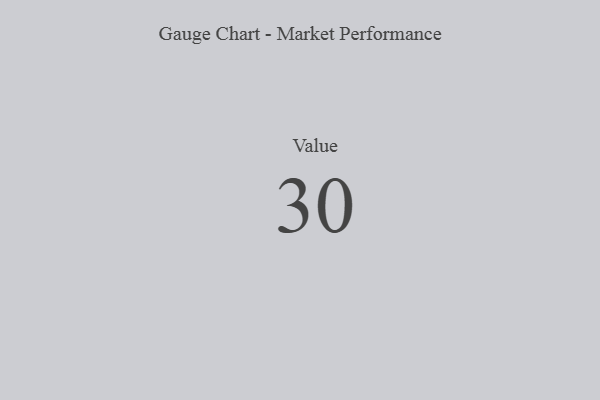
{"axis": {"x": "Metric", "y": "Value"}, "legend": [""], "data": [{"x": "Value", "y": 30, "type": ""}]}